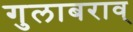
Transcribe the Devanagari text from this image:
गुलाबराव्